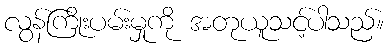
လွန်ကြိုးပမ်းမှုကို အတုယူသင့်ပါသည်။